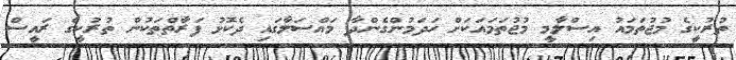
ތުރުކީގެ މުޖުތަމައު އިސްލާމީ މުޖުތަމައަކަށް ހަދަމުންގެންދާ މައްސަލާގައި ދެކޮޅު ފަރާތްތަކުން ތުރުކީގެ ރައީސް